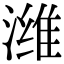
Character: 潍